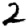
Digit: 2